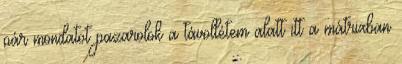
pár mondatot pazarolok a távollétem alatt itt a mátrixban